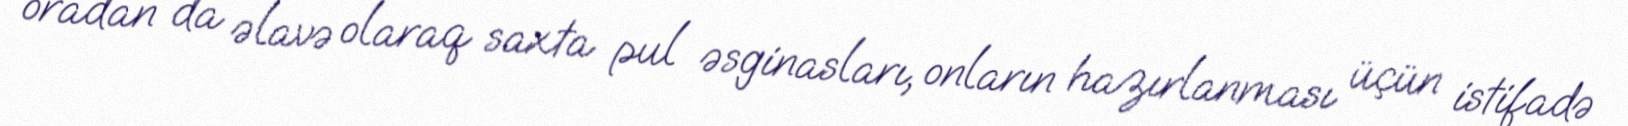
oradan da əlavə olaraq saxta pul əsginasları, onların hazırlanması üçün istifadə